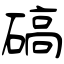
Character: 碻